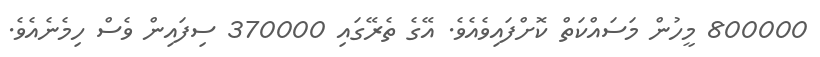
800000 މީހުން މަސައްކަތް ކޮށްފައިވެއެވެ. އޭގެ ތެރޭގައި 370000 ސިފައިން ވެސް ހިމެނެއެވެ.